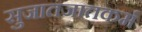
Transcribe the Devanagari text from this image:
सुजातजातकर्म